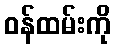
ဝန်ထမ်းကို